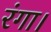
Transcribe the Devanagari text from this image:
रंगा।